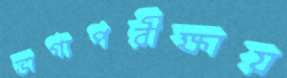
ভাগ্যপরীক্ষায়